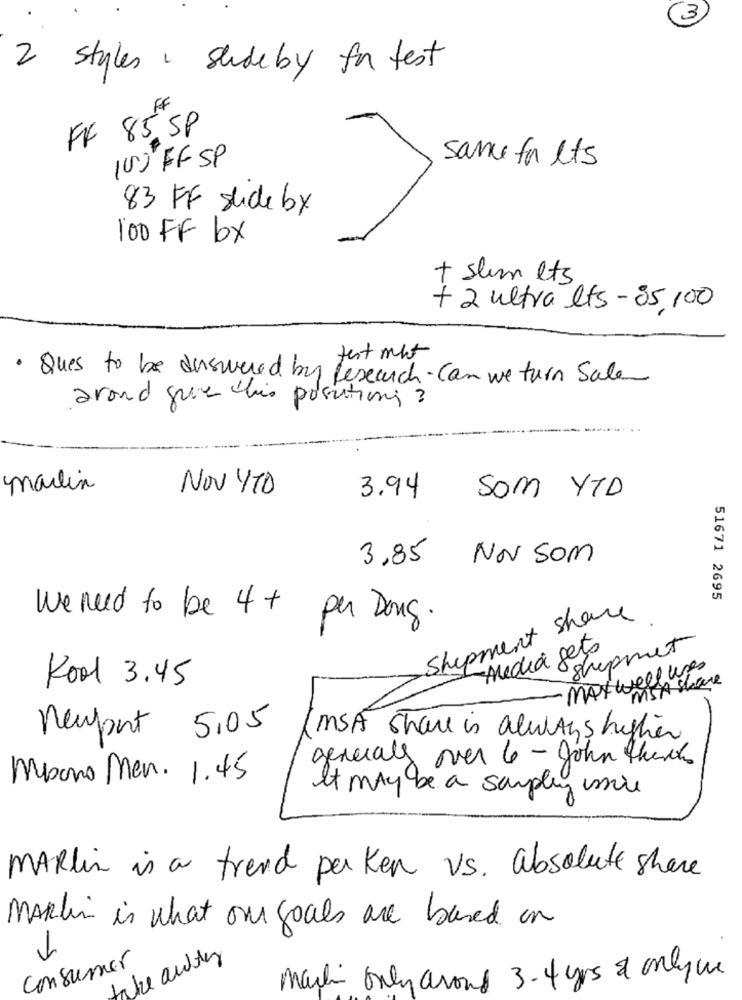
3)
2 styles , slideby for test
FF 85 SP
100 FF SP
same for lts
83 FF sude by
100 FF bx
+ slim lts
+ 2 ultra lts - 85,100
test mot
· Ques to be diswered by research.can we turn Sale
around que chis positions ?
marlin
NOV 470
3.94
Som YTD
3,85 NOV SOM
51671 2695
Shipment share
We ned to be 4+ per Dong.
Media geto
shipment
·Maxwell uses
Kool 3.45
MSA share
neupert 5,05
(MSA Share is always higher
generals over 6 - John thanks
Mesono Men. 1.45
It may be a sampling imre
MARlin is a trend parken vs. absolute share
MARlin is what our goals are based on
consumer
take autor
Martin only around 3-4 yrs & onlywe